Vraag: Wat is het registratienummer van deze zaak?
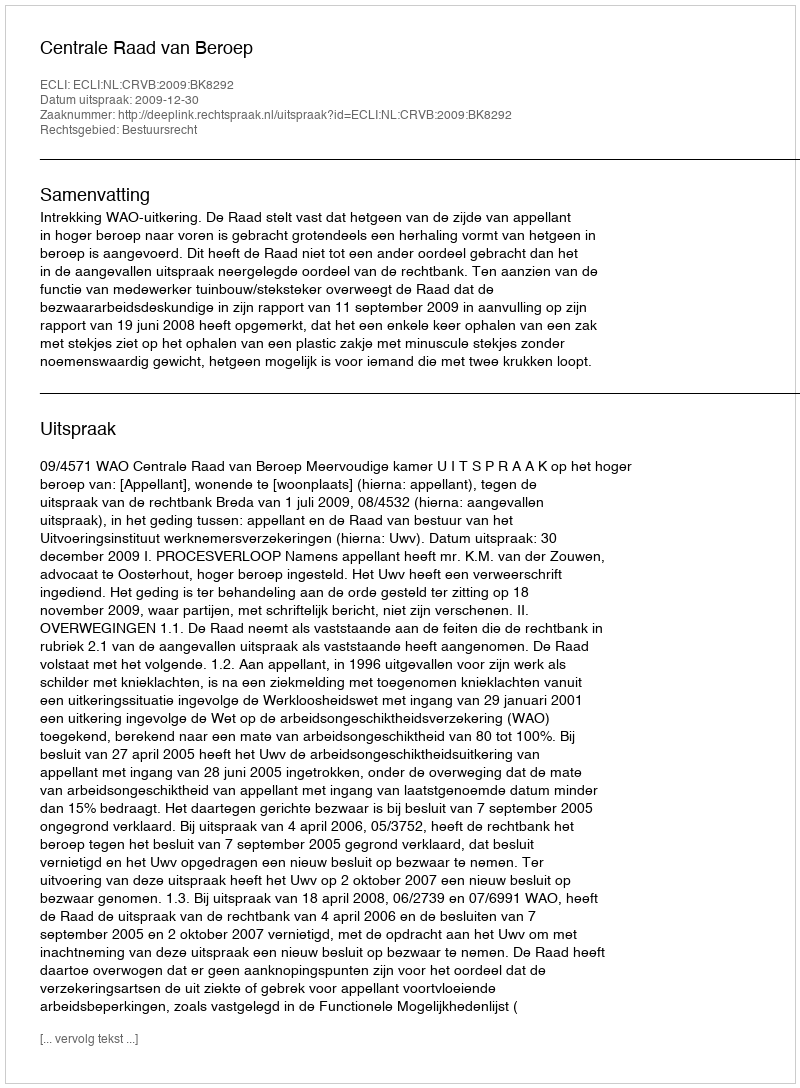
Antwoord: http://deeplink.rechtspraak.nl/uitspraak?id=ECLI:NL:CRVB:2009:BK8292